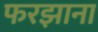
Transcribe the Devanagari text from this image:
फरझाना